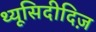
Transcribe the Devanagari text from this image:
थ्यूसिदीदिज़